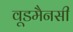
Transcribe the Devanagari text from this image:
वूडमैनसी